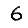
Digit: 6